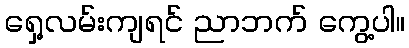
ရှေ့လမ်းကျရင် ညာဘက် ကွေ့ပါ။